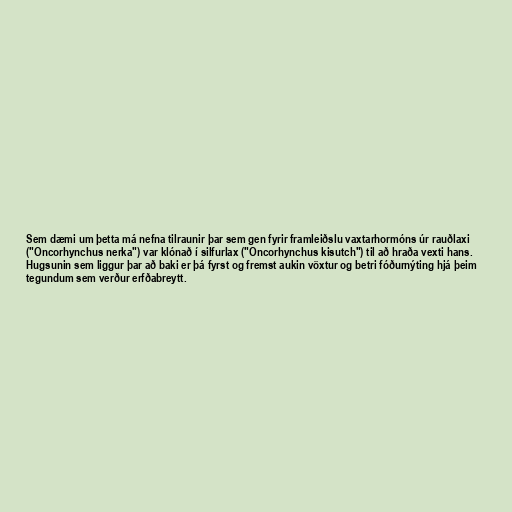
Sem dæmi um þetta má nefna tilraunir þar sem gen fyrir framleiðslu vaxtarhormóns úr rauðlaxi
("Oncorhynchus nerka") var klónað í silfurlax ("Oncorhynchus kisutch") til að hraða vexti hans.
Hugsunin sem liggur þar að baki er þá fyrst og fremst aukin vöxtur og betri fóðurnýting hjá þeim
tegundum sem verður erfðabreytt.